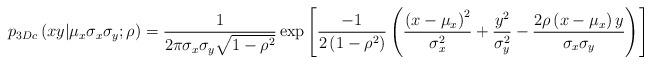
LaTeX: \begin{align*}p_{3Dc}\left( xy|\mu_{x}\sigma_{x}\sigma_{y};\rho\right) =\dfrac{1}{2\pi\sigma_{x}\sigma_{y}\sqrt{1-\rho^{2}}}\exp\left[\frac{-1}{2\left( 1-\rho^{2}\right) }\left( \frac{\left( x-\mu_{x}\right)^{2}}{\sigma_{x}^{2}}+\frac{y^{2}}{\sigma_{y}^{2}}-\frac{2\rho\left(x-\mu_{x}\right) y}{\sigma_{x}\sigma_{y}}\right) \right]\end{align*}